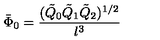
\bar { \Phi } _ { 0 } = \frac { ( \tilde { Q } _ { 0 } \tilde { Q } _ { 1 } \tilde { Q } _ { 2 } ) ^ { 1 / 2 } } { l ^ { 3 } }